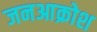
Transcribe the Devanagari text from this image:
जनआक्रोश